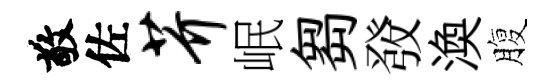
敬佐芥岷芻𤼲渙腹